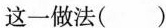
这一做法( )